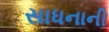
સાધનાની